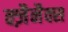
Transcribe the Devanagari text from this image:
क्ज़ैनैक्स